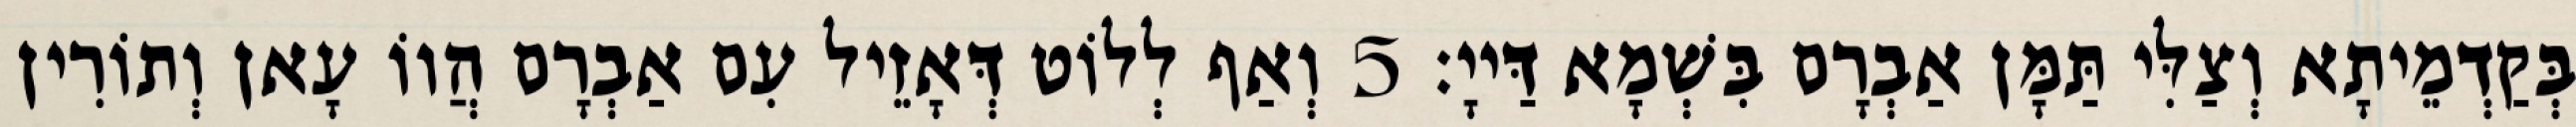
בְּקַדְמֵיתָא וְצַלִּי תַּמָּן אַבְרָם בִּשְׁמָא דַּייָ׃ 5 וְאַף לְלוֹט דְּאָזֵיל עִם אַבְרָם הֲווֹ עָאן וְתוֹרִין